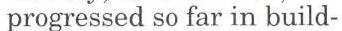
progressed so far in build-